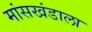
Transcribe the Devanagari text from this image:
मांसखंडाला